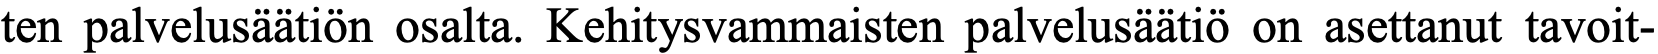
ten palvelusäätiön osalta. Kehitysvammaisten palvelusäätiö on asettanut tavoit-